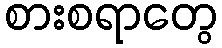
စားစရာတွေ